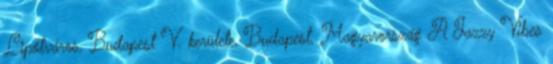
Lipótváros, Budapest V. kerülete, Budapest, Magyarország A Jazzy Vibes